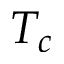
T _ { c }